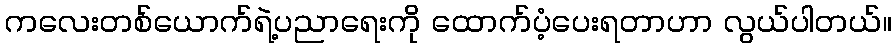
ကလေးတစ်ယောက်ရဲ့ပညာရေးကို ထောက်ပံ့ပေးရတာဟာ လွယ်ပါတယ်။